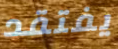
يفتقد